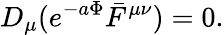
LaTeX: D_{\mu}(e^{-a\Phi}\bar{F}^{\mu\nu})=0.